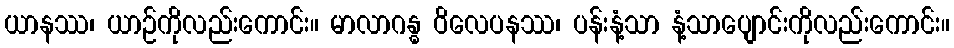
ယာနဿ၊ ယာဉ်ကိုလည်းကောင်း။ မာလာဂန္ဓ ဝိလေပနဿ၊ ပန်းနံ့သာ နံ့သာပျောင်းကိုလည်းကောင်း။